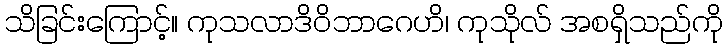
သိခြင်းကြောင့်။ ကုသလာဒိဝိဘာဂေဟိ၊ ကုသိုလ် အစရှိသည်ကို